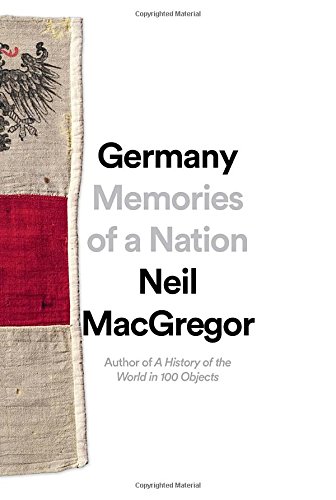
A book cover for Germany: Memories of a Nation; Neil MacGregor; History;